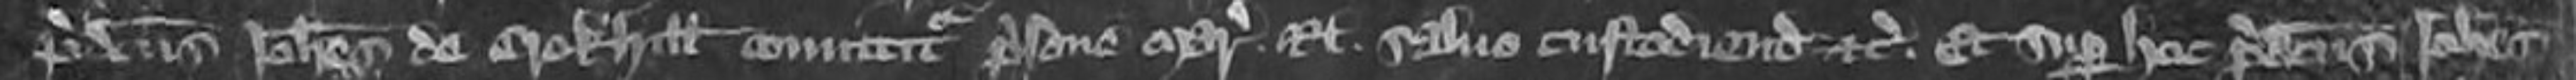
predictus Johannes de Crokhill comittitur prisone mareschalsie Regis salvo custodiendum etc et super hoc predictus Johannes